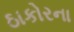
ઠાકોરના